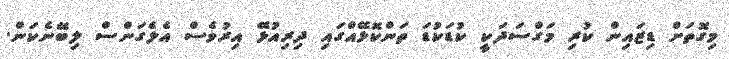
މިގޮތަށް ޑިޒައިން ކުރި މަގްސަދަކީ ކުޑަކުޑަ ތަންކޮޅޭއްގައި ދިރިއުޅޭ އިރުވެސް އެލެގަންސް ލިބޭނެކަން.